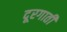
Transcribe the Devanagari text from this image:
दूरगाती